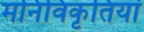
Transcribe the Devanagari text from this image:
मनिविकृतियां